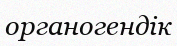
органогендік